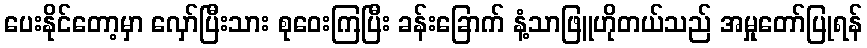
ပေးနိုင်တော့မှာ လှော်ပြီးသား စုဝေးကြပြီး ခန်းခြောက် နံ့သာဖြူဟိုတယ်သည် အမှုတော်ပြုရန်